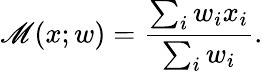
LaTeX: \operatorname{\mathscr{M}}(x;w)={\frac{{\sum_{i}w_{i}x_{i}}}{{\sum_{i}w_{i}}}}.